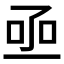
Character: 𠄸